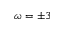
\omega = \pm 3